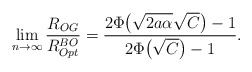
\begin{align*} \lim_{n\rightarrow\infty}\frac{R_{OG}}{R_{Opt}^{BO}}=\frac{2\Phi\big(\sqrt{2a\alpha}\sqrt{C}\big)-1}{2\Phi\big(\sqrt{C}\big)-1}. \end{align*}